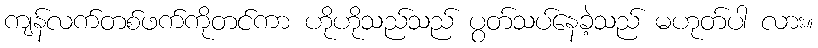
ကျန်လက်တစ်ဖက်ကိုတင်ကာ ဟိုဟိုသည်သည် ပွတ်သပ်နေခဲ့သည် မဟုတ်ပါ လား။